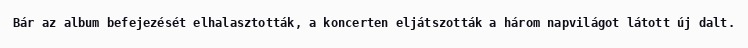
Bár az album befejezését elhalasztották, a koncerten eljátszották a három napvilágot látott új dalt.